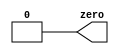
module top_module(
    output zero
);// Module body starts after semicolon

// For Quartus synthesis, not assigning a value to a signal usually results in 0. 
assign zero = 1'b0; // Good practice to assign a value to a signal explicitly

endmodule